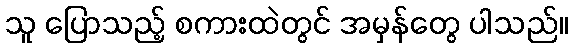
သူ ပြောသည့် စကားထဲတွင် အမှန်တွေ ပါသည်။